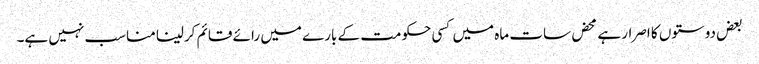
بعض دوستوں کا اصرار ہے محض سات ماہ میں کسی حکومت کے بارے میں رائے قائم کرلینا مناسب نہیں ہے۔